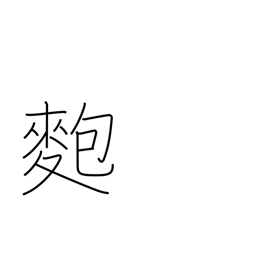
Meaning: sticky rice ball